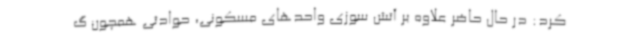
کرد: در حال حاضر علاوه بر آتش سوزی واحدهای مسکونی، حوادثی همچون گ